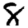
Digit: 8